画像に写った文字を読んでください
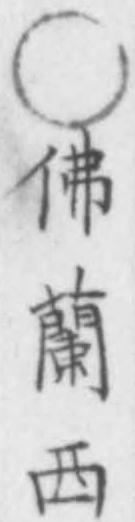
「○佛蘭西」と書いてあります